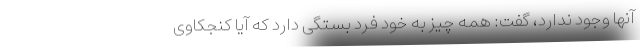
آنها وجود ندارد، گفت: همه چیز به خود فرد بستگی دارد که آیا کنجکاوی